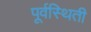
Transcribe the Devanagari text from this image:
पूर्वस्थिती